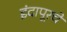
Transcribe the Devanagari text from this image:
इंदापूरचे